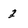
Character: 2